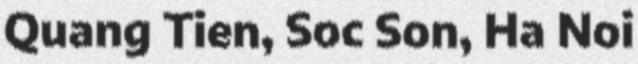
Quang Tien, Soc Son, Ha Noi